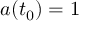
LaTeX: a ( t _ { 0 } ) = 1